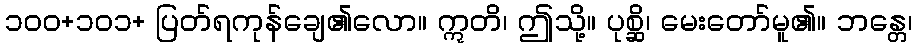
၁၀၀+၁၀၁+ ပြတ်ရကုန်ချေ၏လော။ ဣတိ၊ ဤသို့။ ပုစ္ဆိ၊ မေးတော်မူ၏။ ဘန္တေ၊